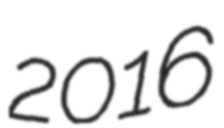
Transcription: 2016